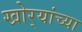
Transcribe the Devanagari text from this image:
खोर्‍यांच्या